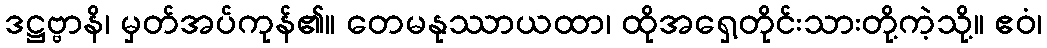
ဒဋ္ဌဗ္ဗာနိ၊ မှတ်အပ်ကုန်၏။ တေမနုဿာယထာ၊ ထိုအရှေ့တိုင်းသားတို့ကဲ့သို့။ ဧဝံ၊